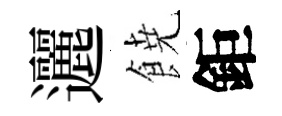
邐𩜙鉅